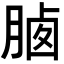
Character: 𣍽